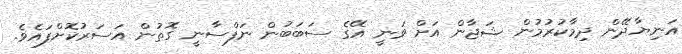
އަނިޔާދޭން ދިމާކުރުމުން ޝަޖާން އަށް ވަނީ އޭގެ ސަބަބުން ނަފްސާނީ ގޮތުން އަސަރުކޮށްފައެވެ.